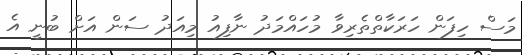
މަސް ހިފަން ހަރަކާތްތެރިވާ މުހައްމަދު ނާފިއު މިއަދު ސަން އަށް ބުނީ އެ